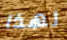
لهذا